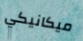
ميكانيكي